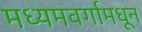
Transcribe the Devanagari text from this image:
मध्यमवर्गामधून